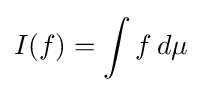
I(f)=\int f\,d\mu